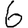
Digit: 6